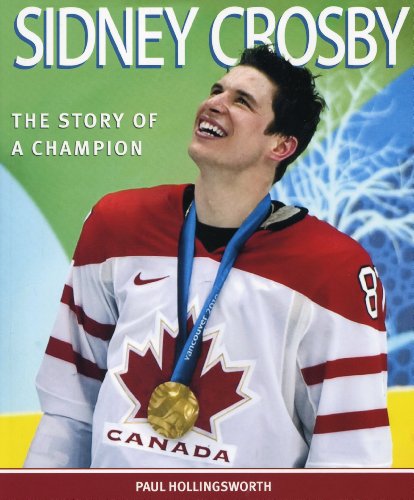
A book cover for Sidney Crosby: The Story of a Champion; Paul Hollingsworth; Biographies & Memoirs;